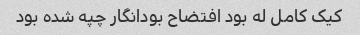
کیک کامل له بود افتضاح بودانگار چپه شده بود